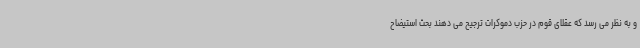
و به نظر می رسد که عقلای قوم در حزب دموکرات ترجیح می دهند بحث استیضاح